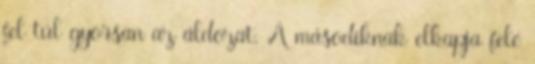
fel túl gyorsan az áldozat. A másodiknak elkapja felé